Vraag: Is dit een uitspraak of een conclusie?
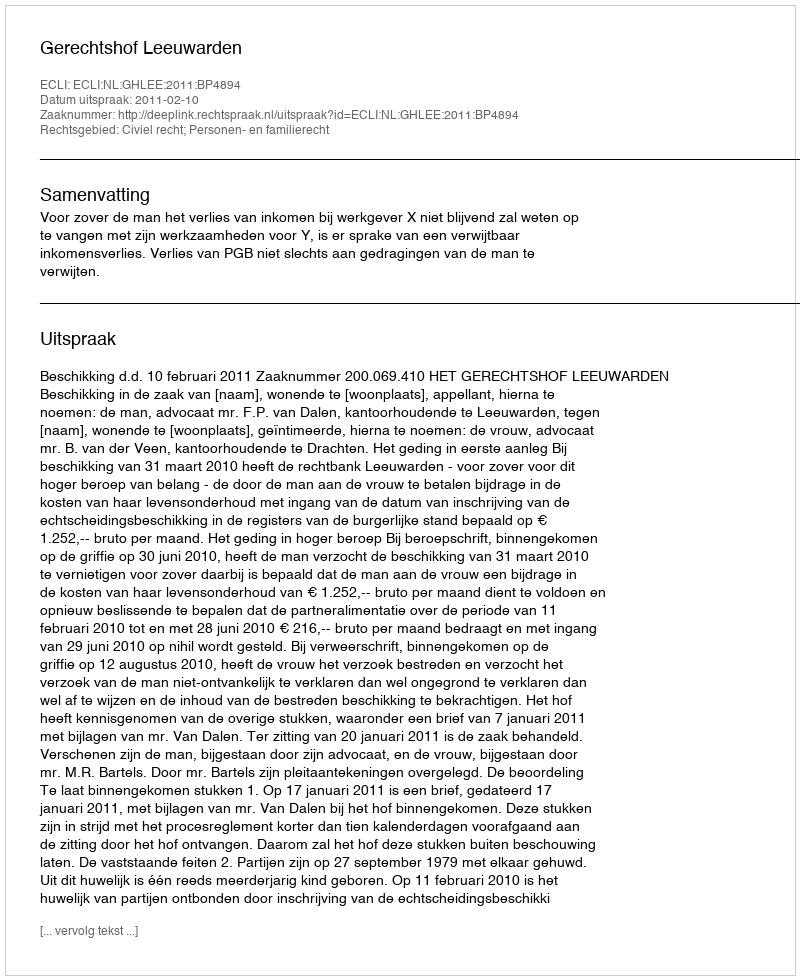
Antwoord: Uitspraak